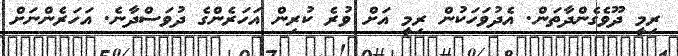
ރިމީ ދޫވެގެންދާތަން. އެދުވަހަކުން ރިމީ އަށް ވުރެ ކުރިން އަހަރެންގެ ދުވަސްދާނެ. އަހަރެންނަށް